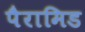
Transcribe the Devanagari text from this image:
पैरामिड